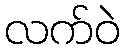
လက်ဝဲ